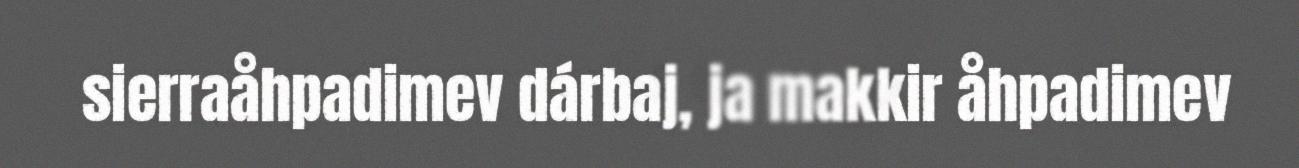
sierraåhpadimev dárbaj, ja makkir åhpadimev